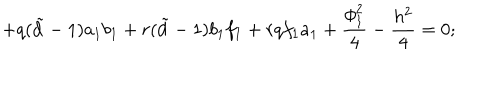
+ q ( { \tilde { d } } - 1 ) a _ { 1 } b _ { 1 } + r ( { \tilde { d } } - 1 ) b _ { 1 } f _ { 1 } + r q f _ { 1 } a _ { 1 } + \frac { \phi _ { 1 } ^ { 2 } } { 4 } - \frac { h ^ { 2 } } { 4 } = 0 ;